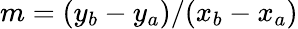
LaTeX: m=(y_{b}-y_{a})/(x_{b}-x_{a})